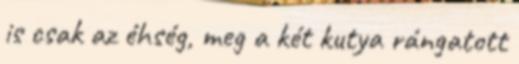
is csak az éhség, meg a két kutya rángatott